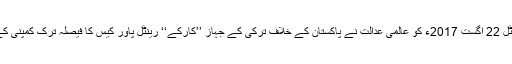
اس کے علاوہ رینٹل 22 اگست 2017ء کو عالمی عدالت نے پاکستان کے خلاف ترکی کے جہاز ’’کارکے‘‘ رینٹل پاور کیس کا فیصلہ ترک کمپنی کے حق میں دیا تھا۔